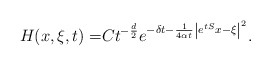
\begin{align*} H(x,\xi,t) =& Ct^{-\frac{d}{2}}e^{-\delta t-\frac{1}{4\alpha t}\left|e^{tS}x-\xi\right|^2}. \end{align*}